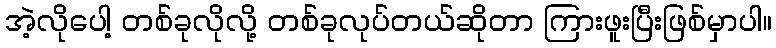
အဲ့လိုပေါ့ တစ်ခုလိုလို့ တစ်ခုလုပ်တယ်ဆိုတာ ကြားဖူးပြီးဖြစ်မှာပါ။